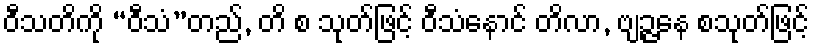
ဝီသတိကို “ဝီသံ”တည်, တိ စ သုတ်ဖြင့် ဝီသံနောင် တိလာ, ဗျဉ္ဇနေ စသုတ်ဖြင့်